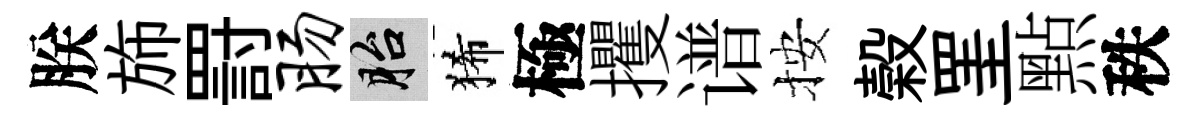
朕斾罸肠胎狶極攫谱按榖罣㸃秩